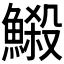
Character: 𩻈